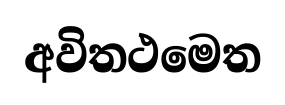
අවිතථමෙත